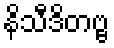
နိသီဒိတဗ္ဗ